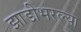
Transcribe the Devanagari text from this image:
झाडीभरल्या